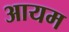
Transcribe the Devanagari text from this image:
आयम